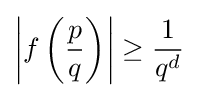
\left|f\left({\frac {p}{q}}\right)\right|\geq {\frac {1}{q^{d}}}